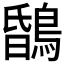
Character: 𪂆